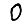
Digit: 0